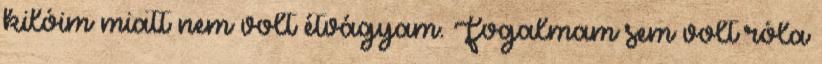
kilóim miatt nem volt étvágyam. Fogalmam sem volt róla